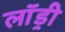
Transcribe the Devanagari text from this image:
लाॅड्री